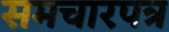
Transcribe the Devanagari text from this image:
समचारपत्र